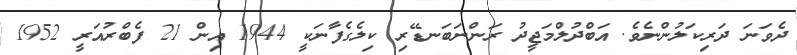
ދެވަނަ ދަރިކަލުންނެވެ. އަބްދުލްމަޖީދު ރަންނަބަނޑޭރި ކިލެގެފާނަކީ 1944 އިން 21 ފެބްރުއަރީ 1952